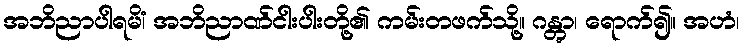
အဘိညာပါရမိံ၊ အဘိညာဏ်ငါးပါးတို့၏ ကမ်းတဖက်သို့။ ဂန္တွာ၊ ရောက်၍။ အဟံ၊